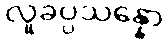
လူခပ္ပသန္နော